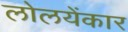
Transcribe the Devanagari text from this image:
लोलयेंकार